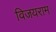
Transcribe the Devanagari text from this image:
विजयराम